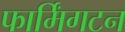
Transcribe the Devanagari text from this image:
फार्मिंगटन